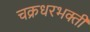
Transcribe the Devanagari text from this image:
चक्रधरभक्ती